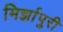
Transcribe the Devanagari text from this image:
मिर्झापुरी